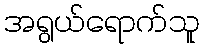
အရွယ်ရောက်သူ